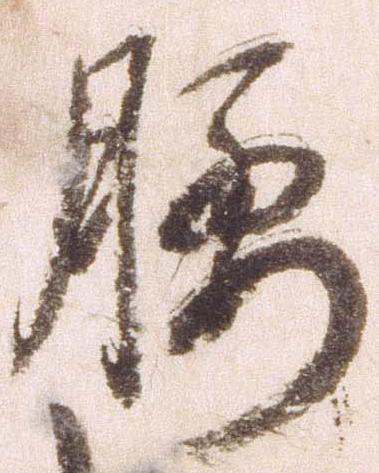
腰